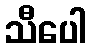
သီပေါ